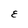
Character: E